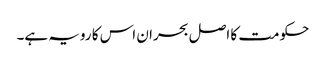
حکومت کا اصل بحران اس کا رویہ ہے۔